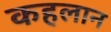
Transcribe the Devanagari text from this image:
कहलान